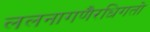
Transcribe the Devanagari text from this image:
ललनागणैरधिगतो